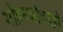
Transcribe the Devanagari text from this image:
मोहनजोदउड़ो